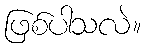
ဖြစ်ပါသလဲ။